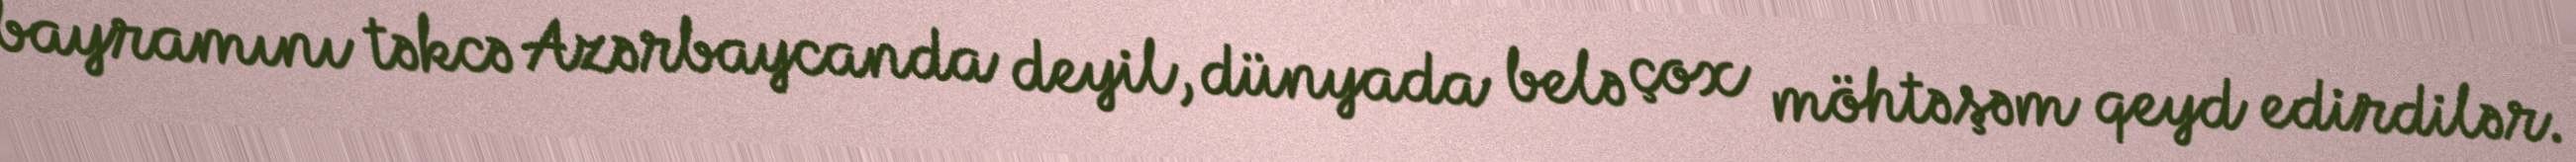
bayramını təkcə Azərbaycanda deyil, dünyada belə çox möhtəşəm qeyd edirdilər.